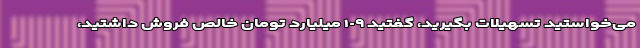
می‌خواستید تسهیلات بگیرید، گفتید ١٠٩ میلیارد تومان خالص فروش داشتید،